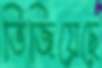
ভিজিয়েছে